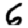
Digit: 6